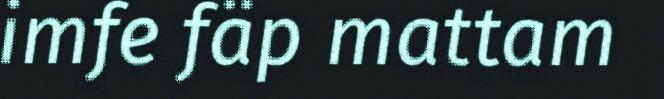
imfe fäp mattam